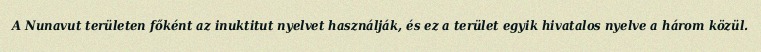
A Nunavut területen főként az inuktitut nyelvet használják, és ez a terület egyik hivatalos nyelve a három közül.